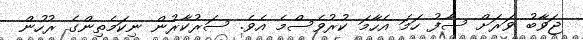
ޖަވާބު ވަރަށް ސާފު ހަމަ އެހާމަ ކުރުވެސްމެ އެވެ. ސަރުކާރުން ނިކަމެތިންގެ ރުހުން